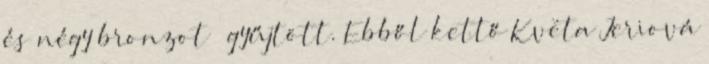
és négy bronzot – gyűjtött. Ebből kettő Květa Jeriová